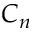
C _ { n }